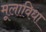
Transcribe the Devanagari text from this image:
मूलाविधा